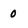
Character: 0